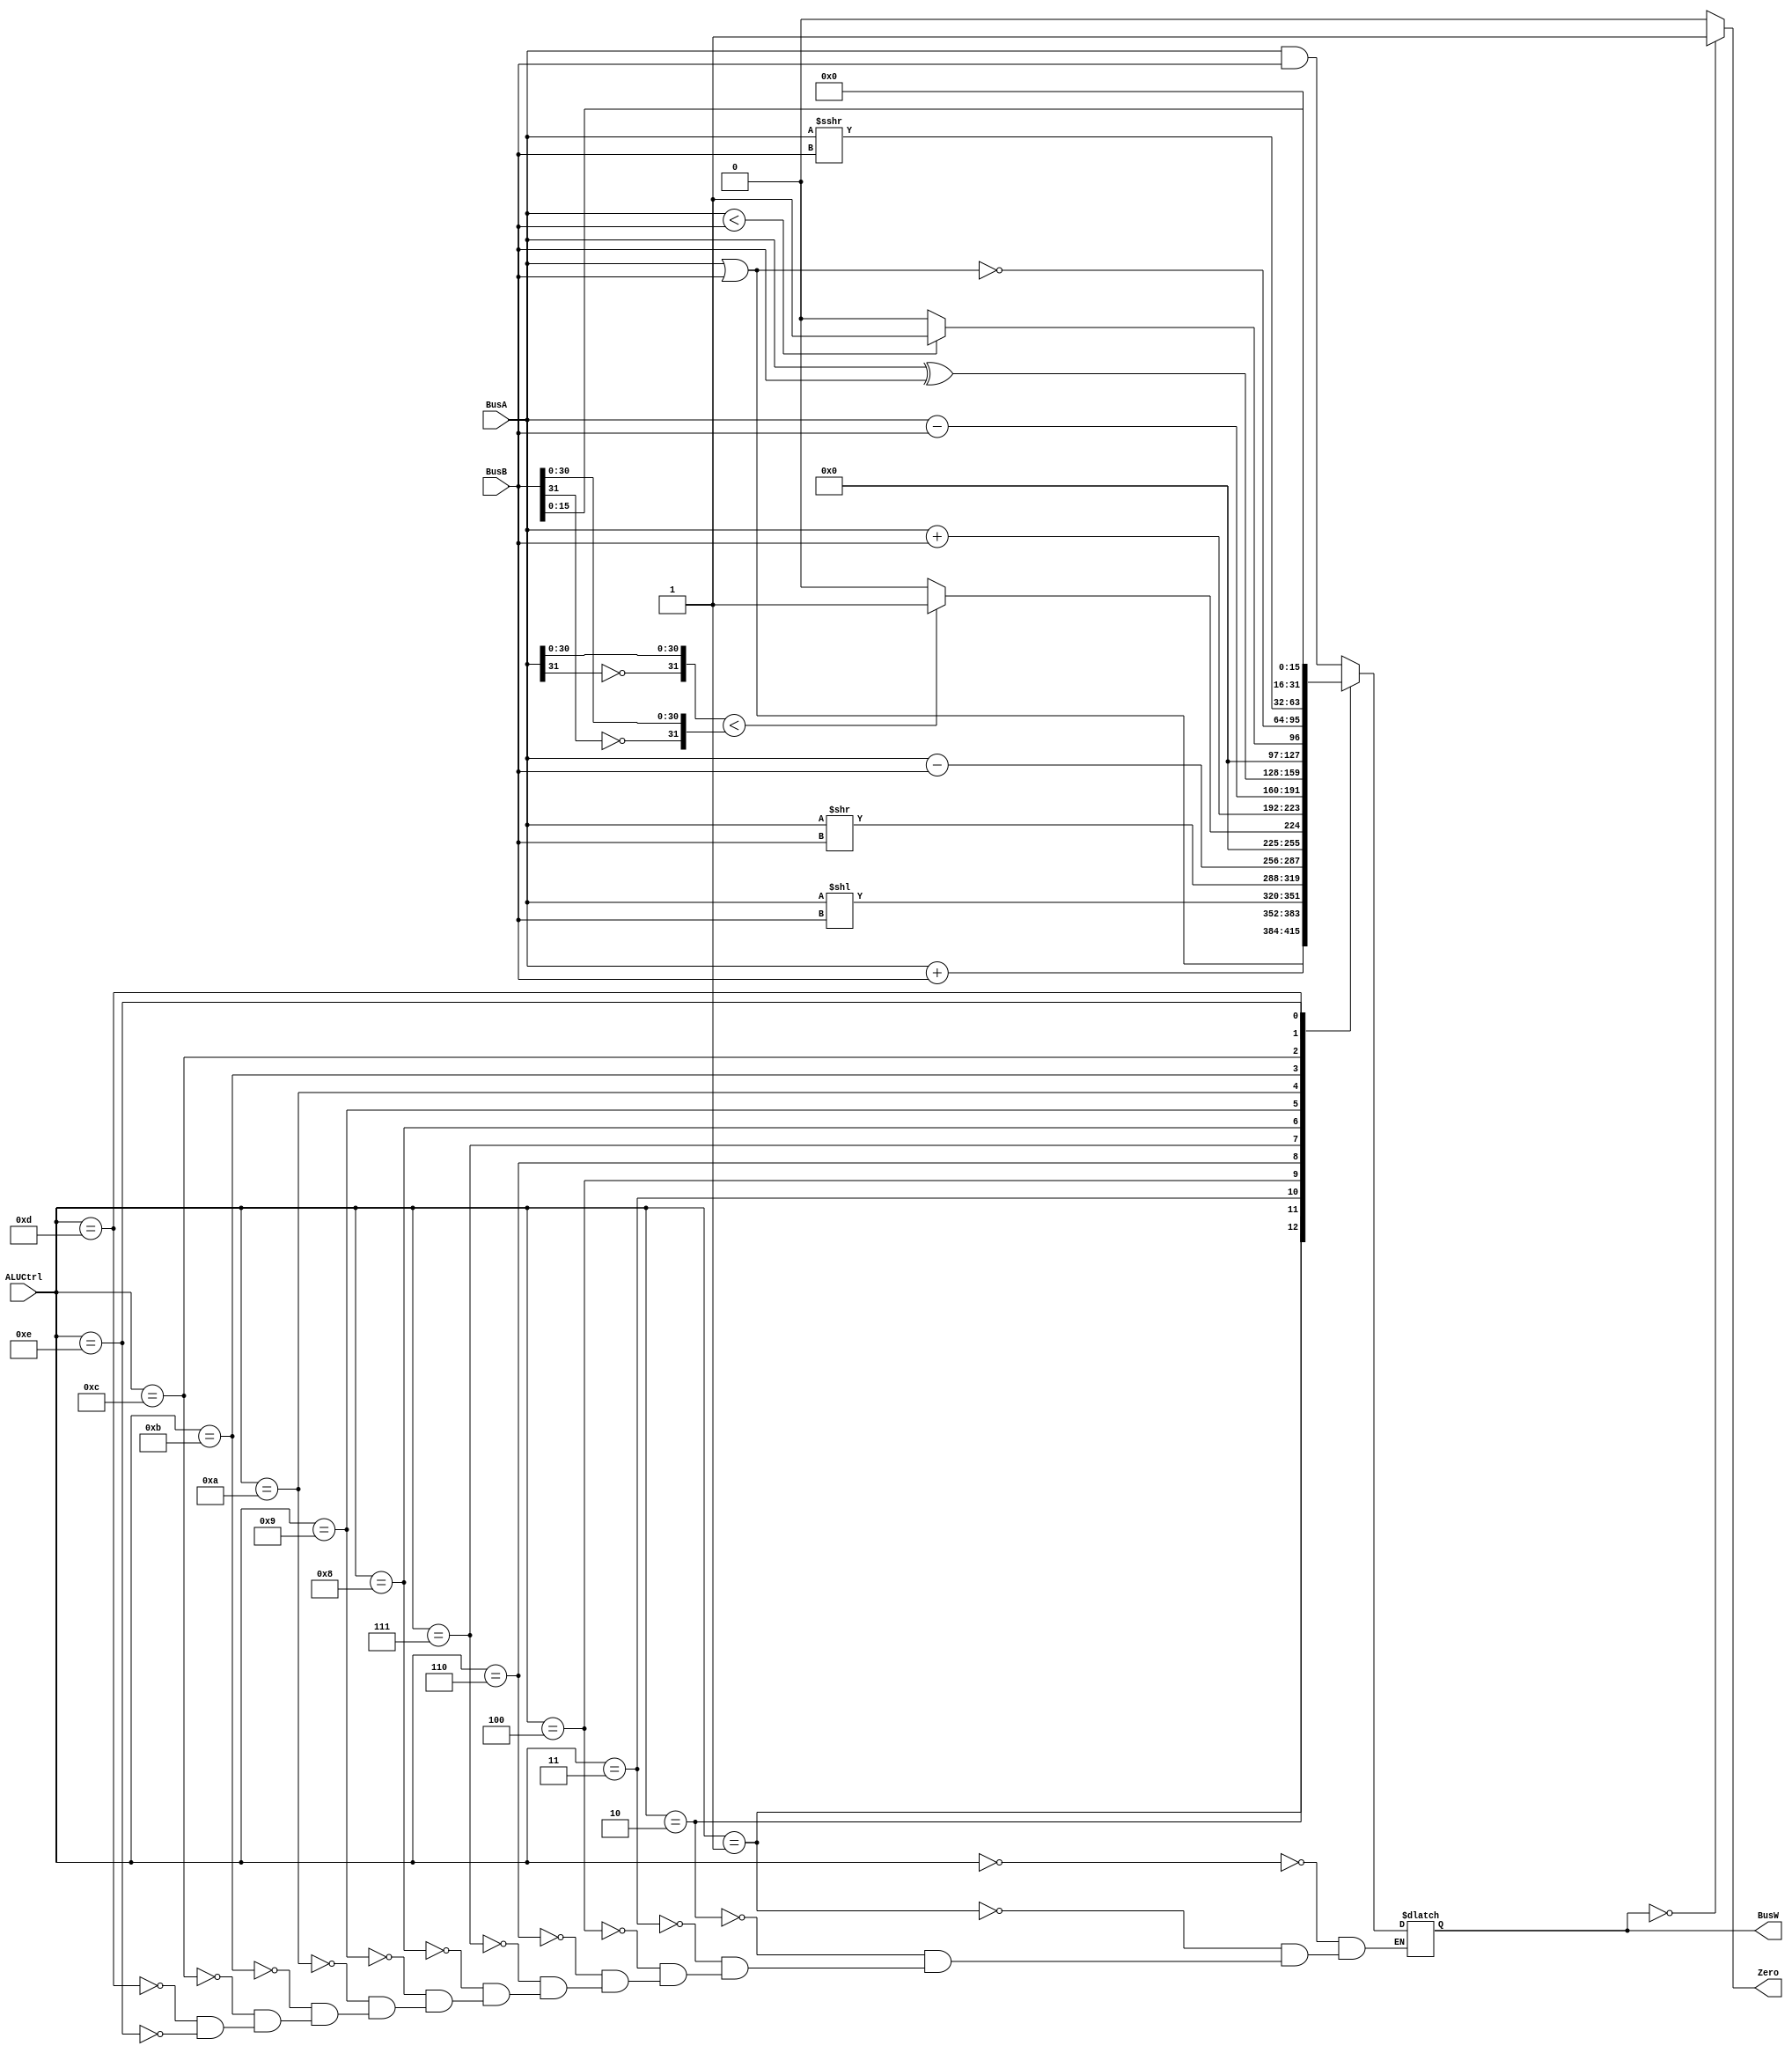
`timescale 1ns / 1ps
`define AND 4'b0000
`define OR 4'b0001
`define ADD 4'b0010
`define SLL 4'b0011
`define SRL 4'b0100
`define SUB 4'b0110
`define SLT 4'b0111 
`define ADDU 4'b1000
`define SUBU 4'b1001
`define XOR 4'b1010
`define SLTU 4'b1011
`define NOR 4'b1100
`define SRA 4'b1101
`define LUI 4'b1110

module ALU(BusW, Zero, BusA, BusB, ALUCtrl); //module starts

    parameter n = 32;
	
    output  [n-1:0] BusW; //32 bits outputs
    input   [n-1:0] BusA, BusB; //32 bits inputs
    input   [3:0] ALUCtrl; //4 bits control input
    output  Zero; //equals to 1 if BusW = 0
	wire [31:0] BusA_cmp,BusB_cmp; //32 bits variables

    assign BusA_cmp = {~(BusA[31]),BusA[30:0]}; // make it signed for SLT function
	assign BusB_cmp = {~(BusB[31]),BusB[30:0]}; // make it signed for SLT function
	
    reg     [n-1:0] BusW; //32 bits outputs
	reg		[n-1:0] temp;

    always @(ALUCtrl or BusA or BusB) begin
		case(ALUCtrl)  
		
			 `AND: begin            
				BusW <= #20 BusA & BusB;    //and
			 end         
		 
			 `OR: begin
				BusW <= #20 BusA | BusB;	//or
			 end
		 
			`ADD: begin
				BusW <= #20 $signed(BusA) + $signed(BusB);	//addition
			end

			`SLL: begin
				BusW <= #20 BusA << BusB;	//shift left logical
			end
			
			`SRL: begin
				BusW <= #20 BusA >> BusB;	//shift right logical
			end
			
			`SUB: begin
				BusW <= #20 $signed(BusA) - $signed(BusB);	//subtraction
			end
			
			`SLT: begin
				BusW <= #20 (BusA_cmp < BusB_cmp) ? 1 : 0;	//set on less than signed
			end
			
			`ADDU: begin
				BusW <= #20 BusA + BusB;	//add unsigned
			end
			
			`SUBU: begin
				BusW <= #20 BusA - BusB;	//subtract unsigned
			end
			
			`XOR: begin
				BusW <= #20 BusA ^ BusB;	//exclusive or
			end
			
			`SLTU: begin
				BusW <= #20(BusA < BusB) ? 1 : 0;	//set on less than unsigned
			end
			
			`NOR: begin
				BusW <= #20 ~(BusA | BusB);    //not or
			end
			
			`SRA: begin
				BusW <= #20 $signed(BusA) >>> BusB; //shift right arithmetic signed
			end
			
			`LUI: begin
				BusW <= #20{BusB[15:0], 16'b0};
				end
		endcase    
	end
	
assign #1 Zero = (BusW==32'b0) ? 1: 0;	//if BusW is 0, assign Zero to 1
endmodule